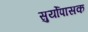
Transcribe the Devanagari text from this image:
सुर्योपासक